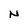
Character: N